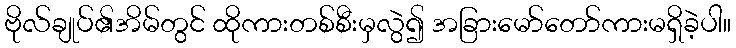
ဗိုလ်ချုပ်၏အိမ်တွင် ထိုကားတစ်စီးမှလွဲ၍ အခြားမော်တော်ကားမရှိခဲ့ပါ။